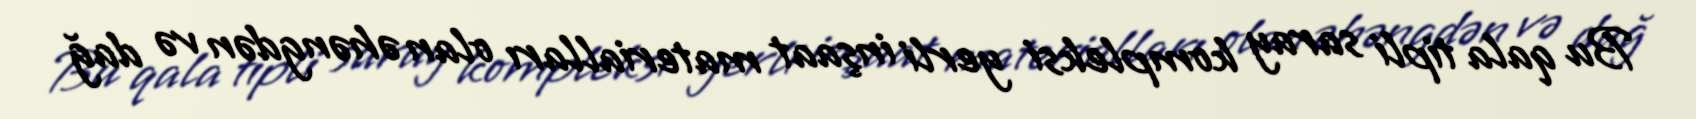
Bu qala tipli saray kompleksi yerli inşaat materialları olan əhəngdən və dağ